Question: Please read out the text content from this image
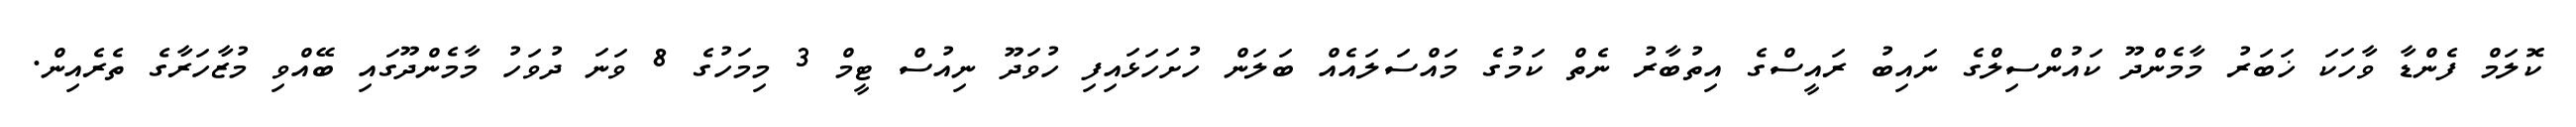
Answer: ކޮލަމް ފެންޑާ ވާހަކަ ޚަބަރު މާމެންދޫ ކައުންސިލްގެ ނައިބު ރައީސްގެ އިތުބާރު ނެތް ކަމުގެ މައްސަލައެއް ބަލަން ހުށަހަޅައިފި ހުވަދޫ ނިއުސް ޓީމް 3 މިމަހުގެ 8 ވަނަ ދުވަހު މާމެންދޫގައި ބޭއްވި މުޒާހަރާގެ ތެރެއިން.